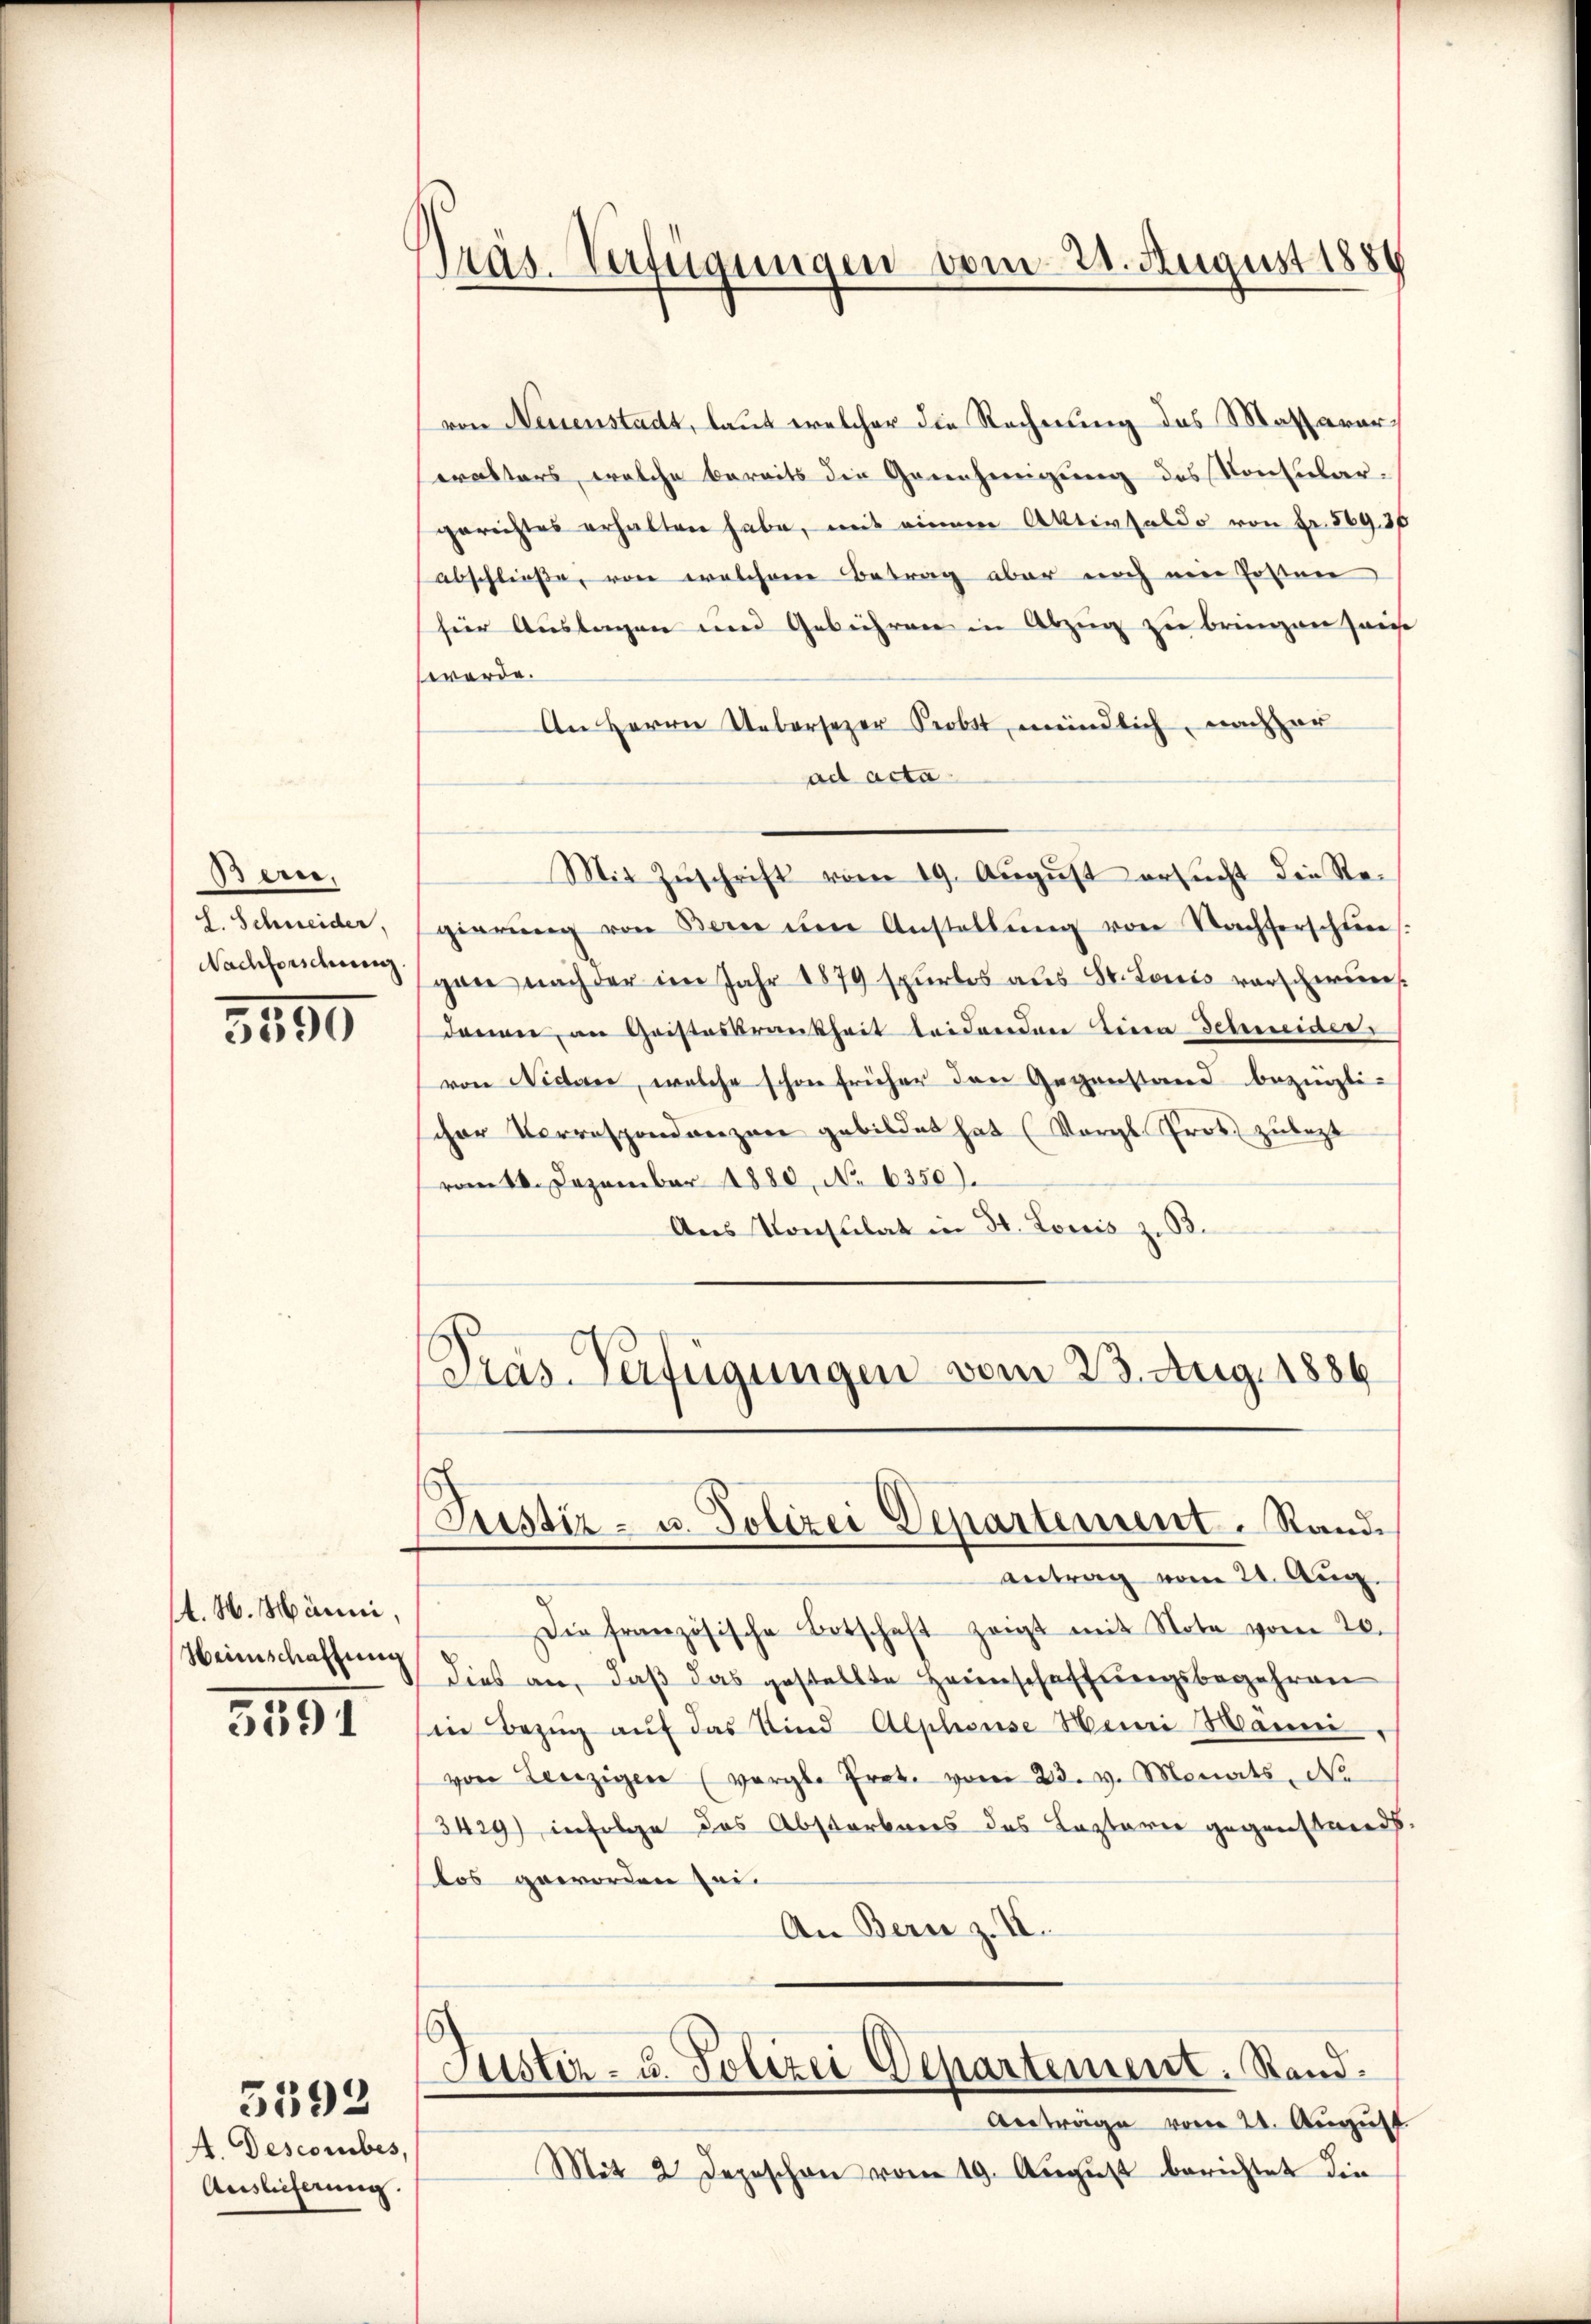
Bern,
H. Schneider,
Nachforschung

5590

t. H. Männi,
Heimschaffung

3591

5392

A. Descorbes,
Auslieferung.

Präs. Verfügungen vom 21. August 1884

Justiz- u. Polizei Departement. Rand¬

von Neuenstadt, laut welcher die Rechnung des Massarorrakters, welche bereits die Genehmigung des Konsulargerichtes erhalten habe, mit einem Aktivsaldo von Fr. 56930
abschließe, von welchem Betrag aber noch eine Posten
für Auslagen und Gebühren in Abzug zu bringen sei
werde.
An Herrn Uebersezer Probst, meindlich, nachher
ad acta
gierŭng von Bern ŭm Anstellŭng von Nachserschlies
gan nach der im Jahr 1879 spurlos aus St. Louis vorscherun
denen, an Cristeskrankheit leidenden Tiera Schneiders
von Nicten, welche schon früher den Gegenstand bezügli-
cher Vorrespondenzen gebildet hat (Vergl. Prot. zulezt
vom 10. Dezember 1880, No 6350).
Aus Konsulat in St. Loris z. B.
Pras-Verfügungen vom 23. Aug. 1886

Mit Zŭschrift vom 19. August ersucht die Re¬

antrag vom 21. Aug.
Die französische Botschaft zeigt mit Note vom 20.
dies an, daß das gestellte Heimschaffungsbegehren
in Bezug auf das Kind Alphouse Mein Hänni
von Lenzigen (vergle Trete vom 23. M. Monats No
3429) infolge das Abstarbens des Kasterie gegenstand.
tos geworden sei.
An Bern z. II.

Justiz- u. Polizei Departement. Rand.
Anträge vom 21. August

Mit 2 Depeschon vom 19. August berichtet die